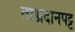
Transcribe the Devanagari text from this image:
ताभ्रदानपट्ट